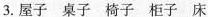
3.屋子 桌子 椅子 柜子 床